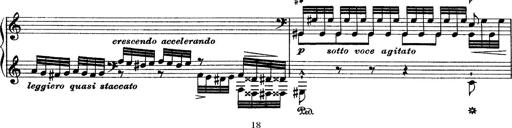
Title: Grande fantasie di bravura sur La clochette
Composer: Franz Liszt
Key: A minor